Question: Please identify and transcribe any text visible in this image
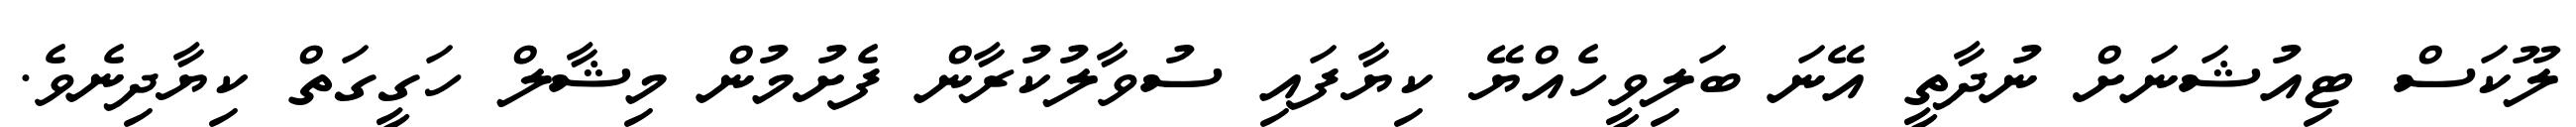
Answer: ލޫކަސް ޓިއުޝަނަށް ނުދާތީ އޭނަ ބަލިވީހެއްޔޭ ކިޔާފައި ސުވާލުކުރާން ފެށުމުން މިޝާލް ހަގީގަތް ކިޔާދިނެވެ.